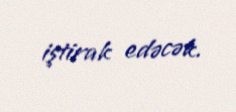
iştirak edəcək.